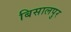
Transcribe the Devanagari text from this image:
बिसालपुर